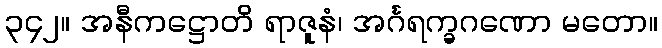
၃၄၂။ အနီကဋ္ဌောတိ ရာဇူနံ၊ အင်္ဂရက္ခဂဏော မတော။